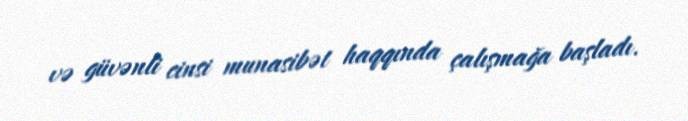
və güvənli cinsi munasibət haqqında çalışmağa başladı.